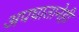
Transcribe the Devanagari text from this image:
अपघातानेही